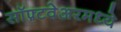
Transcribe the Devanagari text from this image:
सॉफ़्टवेअरमध्ये